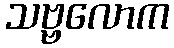
သဗ္ဗလောက